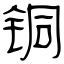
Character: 铜